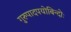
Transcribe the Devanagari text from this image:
गुरुपादपयोबिन्दोः